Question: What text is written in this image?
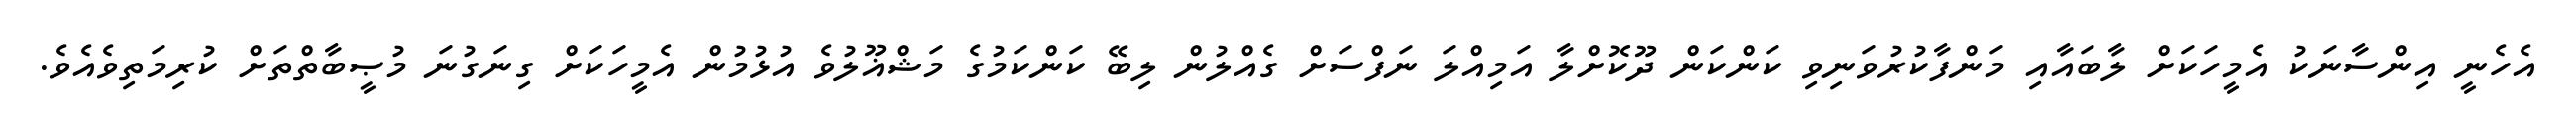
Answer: އެހެނީ އިންސާނަކު އެމީހަކަށް ލާބައާއި މަންފާކުރުވަނިވި ކަންކަން ދޫކޮށްލާ އަމިއްލަ ނަފްސަށް ގެއްލުން ލިބޭ ކަންކަމުގެ މަޝްޣޫލުވެ އުޅުމުން އެމީހަކަށް ގިނަގުނަ މުޞީބާތްތަށް ކުރިމަތިވެއެވެ.